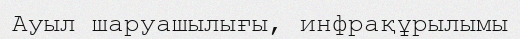
Ауыл шаруашылығы, инфрақұрылымы